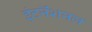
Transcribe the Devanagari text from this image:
इंटनॅशनल